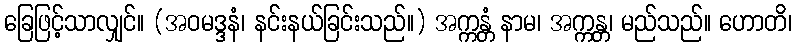
ခြေဖြင့်သာလျှင်။ (အဝမဒ္ဒနံ၊ နင်းနယ်ခြင်းသည်။) အက္ကန္တံ နာမ၊ အက္ကန္တ၊ မည်သည်။ ဟောတိ၊